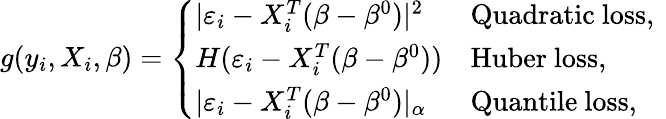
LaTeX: g(y_{i},X_{i},\beta)=\left\{ \begin{array}{ll}{\vert\varepsilon_{i}-X_{i}^{T}(\beta-\beta^{0})\vert^{2}}&{\mathrm{Quadratic~loss,~}}\\ {H(\varepsilon_{i}-X_{i}^{T}(\beta-\beta^{0}))}&{\mathrm{Huber~loss,}}\\ {\vert\varepsilon_{i}-X_{i}^{T}(\beta-\beta^{0})\vert_{\alpha}}&{\mathrm{Quantile~loss,}}\end{array}\right.